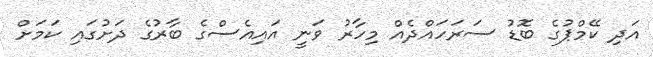
އަދި ކޭމްޕުގެ ބޮޑު ސަރަހައްދެއް މިހާރު ވަނީ އައިއެސްގެ ބާރުގެ ދަށުގައި ކަމަށް